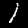
Digit: 1